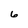
Character: 6